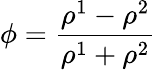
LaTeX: \phi=\frac{\rho^{1}-\rho^{2}}{\rho^{1}+\rho^{2}}